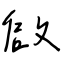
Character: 啟